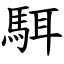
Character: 駬